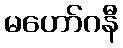
မဟော်ဂနီ